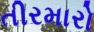
તીરમારો